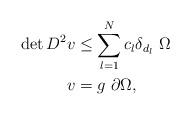
LaTeX: \begin{align*} \det D^2 v & \leq \sum_{l=1}^N c_l \delta_{d_l} \, \, \Omega\\ v &=g \, \, \partial \Omega, \end{align*}